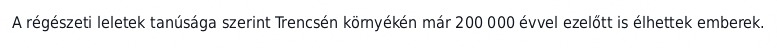
A régészeti leletek tanúsága szerint Trencsén környékén már 200 000 évvel ezelőtt is élhettek emberek.